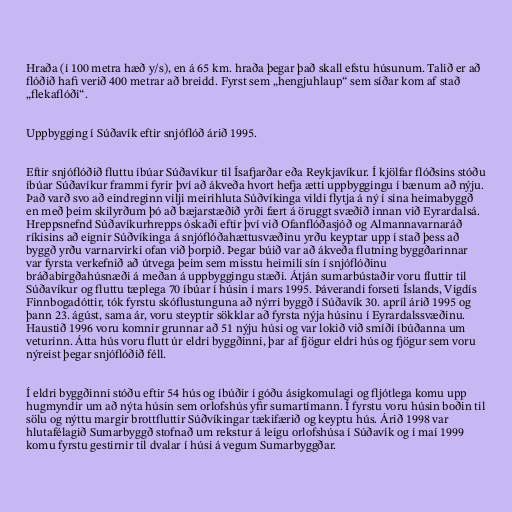
Hraða (í 100 metra hæð y/s), en á 65 km. hraða þegar það skall efstu húsunum. Talið er að
flóðið hafi verið 400 metrar að breidd. Fyrst sem „hengjuhlaup“ sem síðar kom af stað
„flekaflóði“.

Uppbygging í Súðavík eftir snjóflóð árið 1995.

Eftir snjóflóðið fluttu íbúar Súðavíkur til Ísafjarðar eða Reykjavíkur. Í kjölfar flóðsins stóðu
íbúar Súðavíkur frammi fyrir því að ákveða hvort hefja ætti uppbyggingu í bænum að nýju.
Það varð svo að eindreginn vilji meirihluta Súðvíkinga vildi flytja á ný í sína heimabyggð
en með þeim skilyrðum þó að bæjarstæðið yrði fært á öruggt svæðið innan við Eyrardalsá.
Hreppsnefnd Súðavíkurhrepps óskaði eftir því við Ofanflóðasjóð og Almannavarnaráð
ríkisins að eignir Súðvíkinga á snjóflóðahættusvæðinu yrðu keyptar upp í stað þess að
byggð yrðu varnarvirki ofan við þorpið. Þegar búið var að ákveða flutning byggðarinnar
var fyrsta verkefnið að útvega þeim sem misstu heimili sín í snjóflóðinu
bráðabirgðahúsnæði á meðan á uppbyggingu stæði. Átján sumarbústaðir voru fluttir til
Súðavíkur og fluttu tæplega 70 íbúar í húsin í mars 1995. Þáverandi forseti Íslands, Vigdís
Finnbogadóttir, tók fyrstu skóflustunguna að nýrri byggð í Súðavík 30. apríl árið 1995 og
þann 23. ágúst, sama ár, voru steyptir sökklar að fyrsta nýja húsinu í Eyrardalssvæðinu.
Haustið 1996 voru komnir grunnar að 51 nýju húsi og var lokið við smíði íbúðanna um
veturinn. Átta hús voru flutt úr eldri byggðinni, þar af fjögur eldri hús og fjögur sem voru
nýreist þegar snjóflóðið féll.

Í eldri byggðinni stóðu eftir 54 hús og íbúðir í góðu ásigkomulagi og fljótlega komu upp
hugmyndir um að nýta húsin sem orlofshús yfir sumartímann. Í fyrstu voru húsin boðin til
sölu og nýttu margir brottfluttir Súðvíkingar tækifærið og keyptu hús. Árið 1998 var
hlutafélagið Sumarbyggð stofnað um rekstur á leigu orlofshúsa í Súðavík og í maí 1999
komu fyrstu gestirnir til dvalar í húsi á vegum Sumarbyggðar.